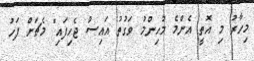
މިހާރު މި އޮތީ އެންމެ މުހިންމު ވަގުތު އައިސް ޖެހިފައި" މެޗަށް ފަހު